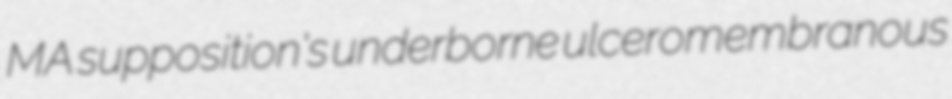
MA supposition's underborne ulceromembranous